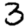
Digit: 3